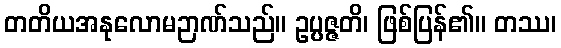
တတိယအနုလောမဉာဏ်သည်။ ဥပ္ပဇ္ဇတိ၊ ဖြစ်ပြန်၏။ တဿ၊